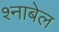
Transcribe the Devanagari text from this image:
श्नाबेल